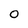
Character: O